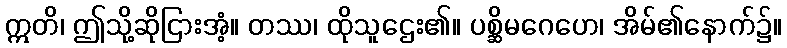
ဣတိ၊ ဤသို့ဆိုငြားအံ့။ တဿ၊ ထိုသူဌေး၏။ ပစ္ဆိမဂေဟေ၊ အိမ်၏နောက်၌။